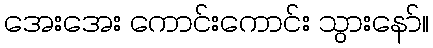
အေးအေး ကောင်းကောင်း သွားနော်။